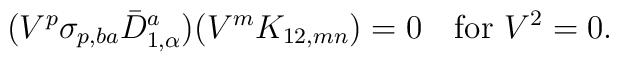
(V^p\sigma_{p,ba} \bar D^a_{1,\alpha}) (V^m K_{12,mn})=0 \quad\mbox{for }V^2=0.